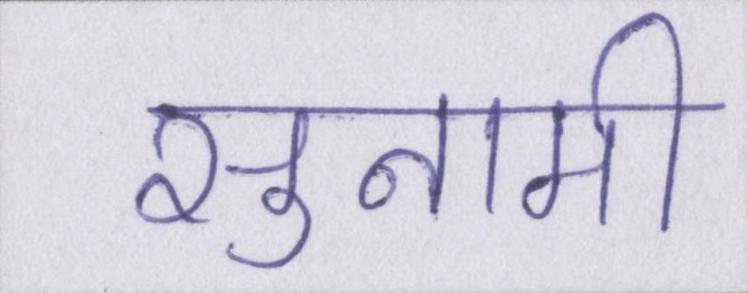
सुनामी